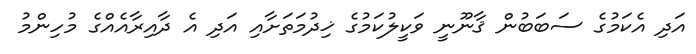
އަދި އެކަމުގެ ސަބަބުން ޤާނޫނީ ވަކީލުކަމުގެ ޚިދުމަތަށާއި އަދި އެ ދާއިރާއެއްގެ މުހިންމު